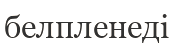
белпленеді